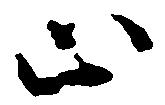
止